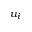
u _ { i }